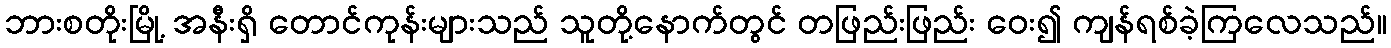
ဘားစတိုးမြို့ အနီးရှိ တောင်ကုန်းများသည် သူတို့နောက်တွင် တဖြည်းဖြည်း ဝေး၍ ကျန်ရစ်ခဲ့ကြလေသည်။